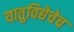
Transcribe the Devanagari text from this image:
यातुविद्येचेच